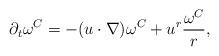
LaTeX: \begin{align*}\partial_t \omega^C = - (u\cdot \nabla) \omega^C + u^r \frac{\omega^C}r,\end{align*}